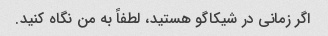
اگر زمانی در شیکاگو هستید، لطفاً به من نگاه کنید.